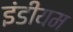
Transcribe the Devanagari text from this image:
इंडीयम